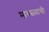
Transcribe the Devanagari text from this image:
मावळ्याची